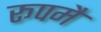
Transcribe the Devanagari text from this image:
रूपमै